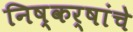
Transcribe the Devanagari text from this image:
निष्कर्षांचे